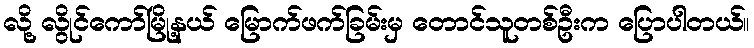
လို့ လွိုင်ကော်မြို့နယ် မြောက်ဖက်ခြမ်းမှ တောင်သူတစ်ဦးက ပြောပါတယ်။